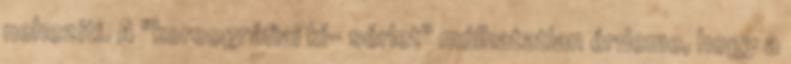
nehezíti. A "koreográfiai kí- sérlet" múlhatatlan érdeme, hogy a